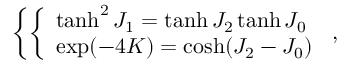
\left\{ \left\{ \begin{array} { l l } { { \operatorname { t a n h } ^ { 2 } J _ { 1 } = \operatorname { t a n h } J _ { 2 } \operatorname { t a n h } J _ { 0 } } } \\ { { \exp ( - 4 K ) = \cosh ( J _ { 2 } - J _ { 0 } ) } } \end{array} \right. \right. ,